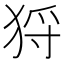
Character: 𤞙